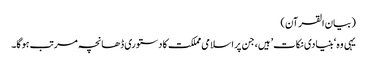
(بیان القرآن)
یہی وہ ‘بنیادی نکات’ ہیں، جن پر اسلامی مملکت کا دستوری ڈھانچہ مرتب ہوگا۔